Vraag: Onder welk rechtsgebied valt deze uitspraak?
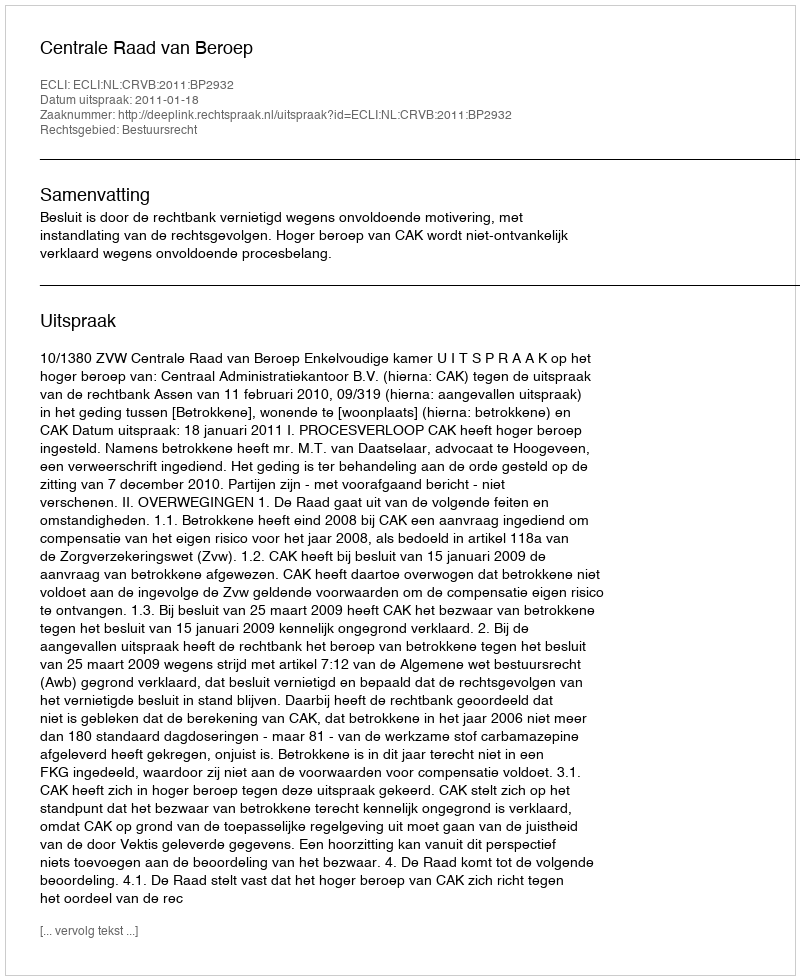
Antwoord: Bestuursrecht